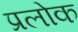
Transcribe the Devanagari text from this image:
प्रलोक